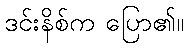
ဒင်းနိစ်က ပြော၏။